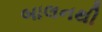
બાલનથી